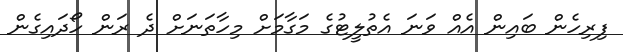
ފިރިހެން ބައިން އެއް ވަނަ އެތުލީޓުގެ މަގާމަށް މިހާތަނަށް ދެ ރަން ހޯދައިގެން